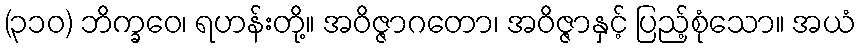
(၃၁၀) ဘိက္ခဝေ၊ ရဟန်းတို့။ အဝိဇ္ဇာဂတော၊ အဝိဇ္ဇာနှင့် ပြည့်စုံသော။ အယံ